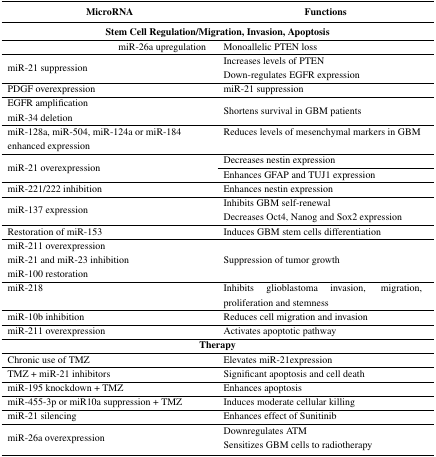
<table><thead><tr><td><b>MicroRNA</b></td><td><b>Functions</b></td></tr></thead><tbody><tr><td colspan="2"><b>Stem Cell Regulation/Migration, Invasion, Apoptosis</b></td></tr><tr><td>miR-26a upregulation</td><td>Monoallelic PTEN loss</td></tr><tr><td rowspan="2">miR-21 suppression</td><td>Increases levels of PTEN</td></tr><tr><td>Down-regulates EGFR expression</td></tr><tr><td>PDGF overexpression</td><td>miR-21 suppression</td></tr><tr><td>EGFR amplification</td><td rowspan="2">Shortens survival in GBM patients</td></tr><tr><td>miR-34 deletion</td></tr><tr><td>miR-128a, miR-504, miR-124a or miR-184 enhanced expression</td><td>Reduces levels of mesenchymal markers in GBM</td></tr><tr><td rowspan="2">miR-21 overexpression</td><td>Decreases nestin expression</td></tr><tr><td>Enhances GFAP and TUJ1 expression</td></tr><tr><td>miR-221/222 inhibition</td><td>Enhances nestin expression</td></tr><tr><td rowspan="2">miR-137 expression</td><td>Inhibits GBM self-renewal</td></tr><tr><td>Decreases Oct4, Nanog and Sox2 expression</td></tr><tr><td>Restoration of miR-153</td><td>Induces GBM stem cells differentiation</td></tr><tr><td>miR-211 overexpression</td><td rowspan="3">Suppression of tumor growth</td></tr><tr><td>miR-21 and miR-23 inhibition</td></tr><tr><td>miR-100 restoration</td></tr><tr><td>miR-218</td><td>Inhibits glioblastoma invasion, migration, proliferation and stemness</td></tr><tr><td>miR-10b inhibition</td><td>Reduces cell migration and invasion</td></tr><tr><td>miR-211 overexpression</td><td>Activates apoptotic pathway</td></tr><tr><td colspan="2"><b>Therapy</b></td></tr><tr><td>Chronic use of TMZ</td><td>Elevates miR-21expression </td></tr><tr><td>TMZ + miR-21 inhibitors</td><td>Significant apoptosis and cell death</td></tr><tr><td>miR-195 knockdown + TMZ</td><td>Enhances apoptosis</td></tr><tr><td>miR-455-3p or miR10a suppression + TMZ</td><td>Induces moderate cellular killing</td></tr><tr><td>miR-21 silencing</td><td>Enhances effect of Sunitinib</td></tr><tr><td rowspan="2">miR-26a overexpression</td><td>Downregulates ATM</td></tr><tr><td>Sensitizes GBM cells to radiotherapy</td></tr></tbody></table>